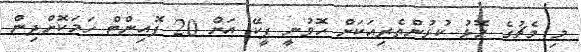
މި މެޗުގެ މޮޅު ކުޅުންތެރިއަކަށް ހޮވުނީ ޕީކޭ އަށް 20 ޕޮއިންޓް ހަމަކޮށްދިން